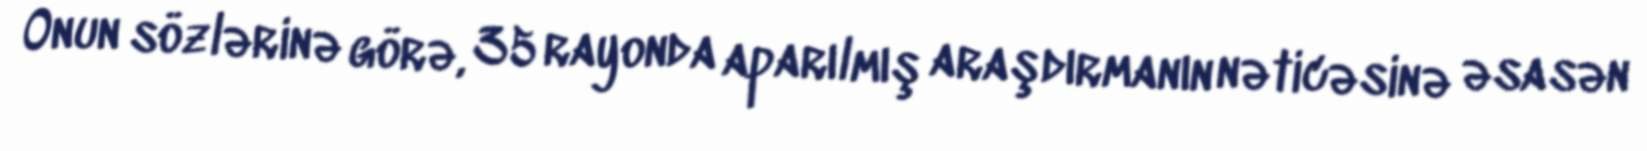
Onun sözlərinə görə, 35 rayonda aparılmış araşdırmanın nəticəsinə əsasən